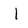
Character: I